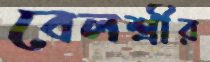
বেলশ্রীর